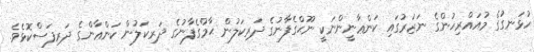
ހުޅަނގުގެ މުއައްރިޚުންގެ ނަޒަރުގައި ކަންޢާނީންނަކީ ނޫޙްގެފާނުގެ ދަރިކަލުން ޙާމްގެފާނުގެ ދަރިކަލުން ކަންޢާންގެ ދަރިފަސްކޮޅެވެ.